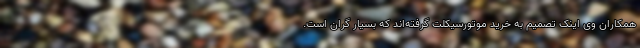
همکاران وی اینک تصمیم به خرید موتورسیکلت گرفته‌اند که بسیار گران است.